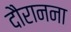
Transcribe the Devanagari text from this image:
दौरानना